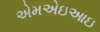
એમએઇઆઇ